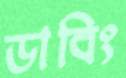
ডাবিং